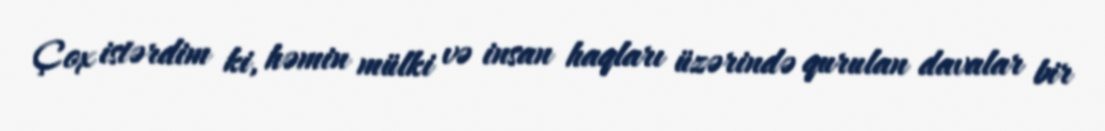
Çox istərdim ki, həmin mülki və insan haqları üzərində qurulan davalar bir